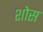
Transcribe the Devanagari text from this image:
शोस